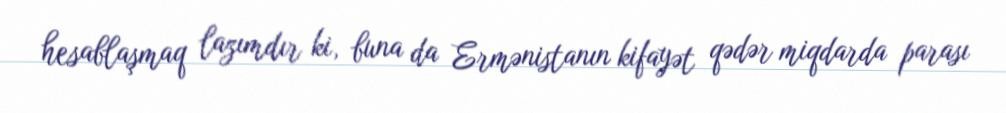
hesablaşmaq lazımdır ki, buna da Ermənistanın kifayət qədər miqdarda parası